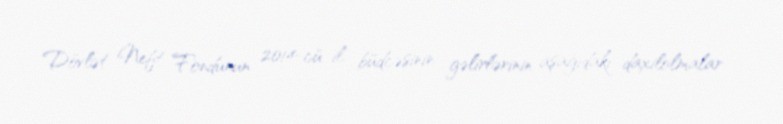
Dövlət Neft Fondunun 2014-cü il büdcəsinin gəlirlərinin aşağıdakı daxilolmalar